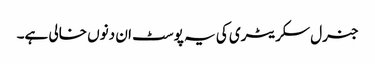
جنرل سکریٹری کی یہ پوسٹ ان دنوں خالی ہے۔